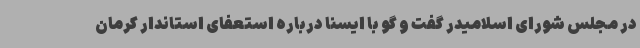
در مجلس شورای اسلامیدر گفت و گو با ایسنا درباره استعفای استاندار کرمان